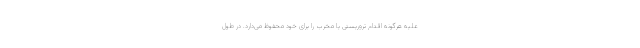
علیه هرگونه اقدام تروریستی یا مخرب را برای خود محفوظ می‌دارد. در طول